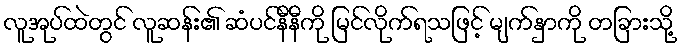
လူအုပ်ထဲတွင် လူဆန်း၏ ဆံပင်နီနီကို မြင်လိုက်ရသဖြင့် မျက်နှာကို တခြားသို့